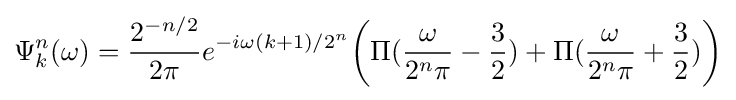
\Psi _{k}^{n}(\omega )={\frac {2^{-n/2}}{2\pi }}e^{-i\omega (k+1)/2^{n}}{\bigg (}\Pi ({\frac {\omega }{2^{n}\pi }}-{\frac {3}{2}})+\Pi ({\frac {\omega }{2^{n}\pi }}+{\frac {3}{2}}){\bigg )}